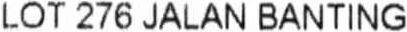
LOT 276 JALAN BANTING